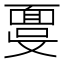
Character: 𩈞